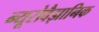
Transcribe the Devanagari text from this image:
न्यूरोवैज्ञानिक